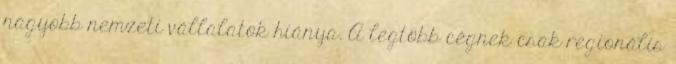
nagyobb nemzeti vállalatok hiánya. A legtöbb cégnek csak regionális